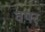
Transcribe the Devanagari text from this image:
वपर